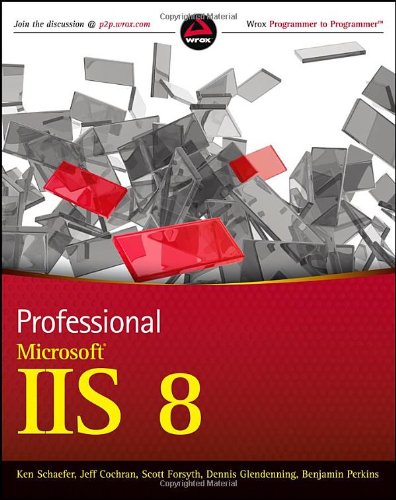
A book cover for Professional Microsoft IIS 8; Kenneth Schaefer; Computers & Technology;